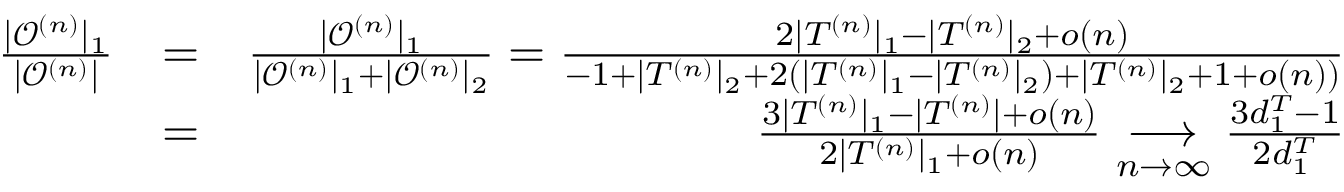
\begin{array} { r l r } { \frac { | \mathcal { O } ^ { ( n ) } | _ { 1 } } { | \mathcal { O } ^ { ( n ) } | } } & { = } & { \frac { | \mathcal { O } ^ { ( n ) } | _ { 1 } } { | \mathcal { O } ^ { ( n ) } | _ { 1 } + | \mathcal { O } ^ { ( n ) } | _ { 2 } } = \frac { 2 | T ^ { ( n ) } | _ { 1 } - | T ^ { ( n ) } | _ { 2 } + o ( n ) } { - 1 + | T ^ { ( n ) } | _ { 2 } + 2 ( | T ^ { ( n ) } | _ { 1 } - | T ^ { ( n ) } | _ { 2 } ) + | T ^ { ( n ) } | _ { 2 } + 1 + o ( n ) ) } } \\ & { = } & { \frac { 3 | T ^ { ( n ) } | _ { 1 } - | T ^ { ( n ) } | + o ( n ) } { 2 | T ^ { ( n ) } | _ { 1 } + o ( n ) } \underset { n \to \infty } \longrightarrow \frac { 3 d _ { 1 } ^ { T } - 1 } { 2 d _ { 1 } ^ { T } } } \end{array}